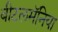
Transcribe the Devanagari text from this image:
बीटलमॅनिया